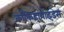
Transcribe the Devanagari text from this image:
कॉकिडायोइडेस